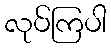
လုပ်ကြပါ